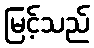
မြင့်သည်